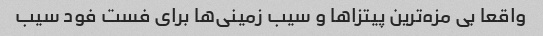
واقعا بی مزه‌ترین پیتزا‌ها و سیب زمینی‌ها برای فست فود سیب